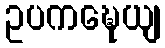
ဥပကဍ္ဎေယျ